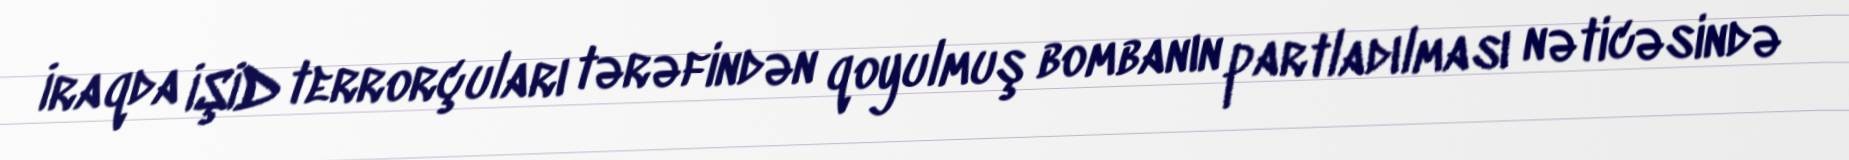
İraqda İŞİD terrorçuları tərəfindən qoyulmuş bombanın partladılması nəticəsində